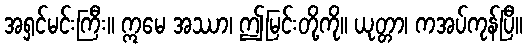
အရှင်မင်းကြီး။ ဣမေ အဿာ၊ ဤမြင်းတို့ကို။ ယုတ္တာ၊ ကအပ်ကုန်ပြီ။